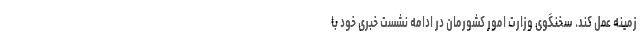
زمینه عمل کند. سخنگوی وزارت امور کشورمان در ادامه نشست خبری خود با